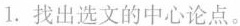
1.找出选文的中心论点